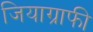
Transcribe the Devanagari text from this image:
जियाग्राफी